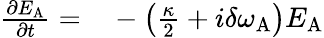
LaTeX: \begin{array}{rl}{\frac{\partial E_{\mathrm{A}}}{\partial t}=}&{{}-\left(\frac{\kappa}{2}+i\delta\omega_{\mathrm{A}}\right)E_{\mathrm{A}}}\end{array}